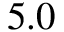
5 . 0